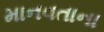
માનવતાના